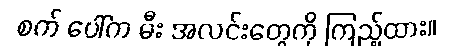
စက် ပေါ်က မီး အလင်းတွေကို ကြည့်ထား။